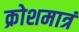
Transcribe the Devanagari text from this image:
क्रोशमात्रं